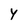
Character: Y